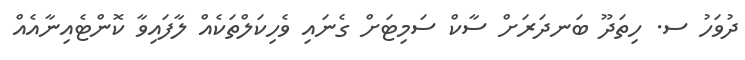
ދުވަހު ސ. ހިތަދޫ ބަނދަރަށް ސާކް ސަމިޓަށް ގެނައި ވެހިކަލްތަކެއް ލާފައިވާ ކޮންޓެއިނާއެއް